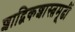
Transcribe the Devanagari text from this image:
शाद्विकशास्त्रमूढीं